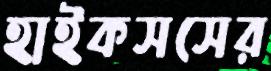
হাইকসসের